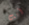
أنت